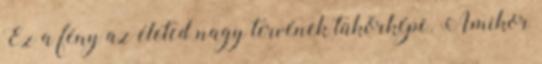
Ez a fény az életed nagy tervének tükörképe. Amikor